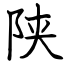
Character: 陕